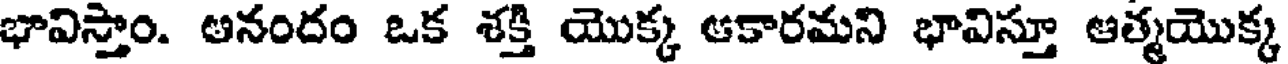
భావిస్తాం. అనందం ఒక శక్తి యొక్క ఆకారమని భావిస్తూ ఆత్మయొక్క